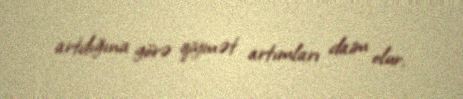
artdığına görə qiymət artımları daim olur.